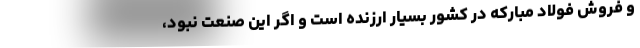
و فروش فولاد مبارکه در کشور بسیار ارزنده است و اگر این صنعت نبود،